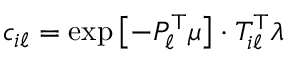
c _ { i \ell } = \exp \left[ - P _ { \ell } ^ { \top } \mu \right] \cdot T _ { i \ell } ^ { \top } \lambda